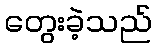
တွေးခဲ့သည်